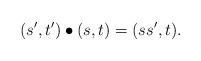
\begin{align*}(s',t') \bullet (s,t) = (ss',t) .\end{align*}